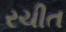
રચીત